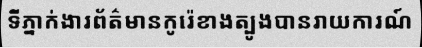
ទីភ្នាក់ងារព័ត៌មានកូរ៉េខាងត្បូងបានរាយការណ៍